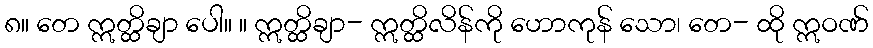
၈။ တေ ဣတ္ထိချာ ပေါ။ ။ ဣတ္ထိချာ- ဣတ္ထိလိန်ကို ဟောကုန် သော၊ တေ- ထို ဣဝဏ်